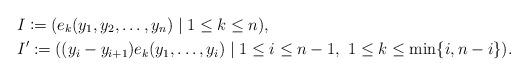
LaTeX: \begin{align*} &I \coloneqq (e_k(y_1,y_2,\ldots,y_n) \mid 1\le k\le n ), \\ &I' \coloneqq ((y_i-y_{i+1})e_k(y_1,\ldots,y_i) \mid 1\le i\le n-1,\ 1\le k\le \min\{i,n-i\}). \end{align*}